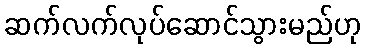
ဆက်လက်လုပ်ဆောင်သွားမည်ဟု